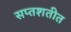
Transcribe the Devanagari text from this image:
सप्तशतीत